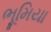
ભૂમિયા